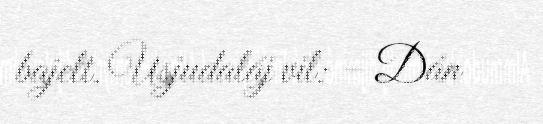
bajelt. Usjudaláj vil: – Dán